Madras plague regulations in force outside the Presidency town - Volume 3
Disease focus: Plague
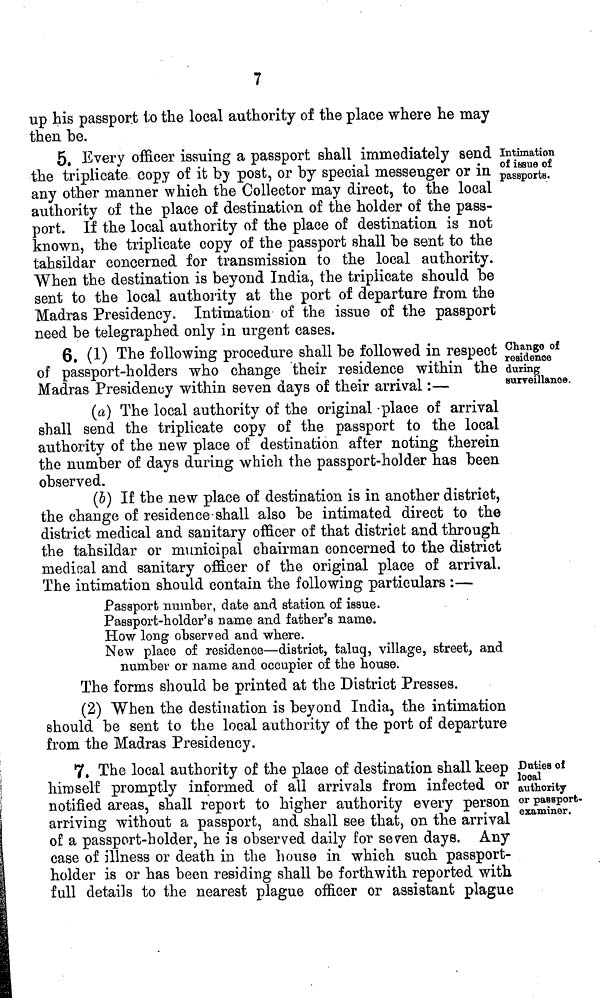
7
up his passport to the local authority of the place where he may
then be.
Intimation
of issue of
passports.
5. Every officer issuing a passport shall immediately send :
the triplicate copy of it by post, or by special messenger or in '.
any other manner which the Collector may direct, to the local
authority of the place of destination of the holder of the pass-
port. If the local authority of the place of destination is not
known, the triplicate copy of the passport shall be sent to the
tahsildar concerned for transmission to the local authority.
When the destination is beyond India, the triplicate should be
sent to the local authority at the port of departure from the
Madras Presidency. Intimation of the issue of the passport
need be telegraphed only in urgent cases.
Change of
residence
during
surveillance.
6. (1) The following procedure shall be followed in respect
of passport-holders who change their residence within the
Madras Presidency within seven days of their arrival :—
(a) The local authority of the original -place of arrival
shall send the triplicate copy of the passport to the local
authority of the new place of destination after noting therein
the number of days during which the passport-holder has been
observed.
(6) If the new place of destination is in another district,
the change of residence shall also be intimated direct to the
district medical and sanitary officer of that district and through
the tahsildar or municipal chairman concerned to the district
medical and sanitary officer of the original place of arrival.
The intimation should contain the following particulars :—
Passport number, date and station of issue.
Passport-holder's name and father's name.
How long observed and where.
New place of residence—district, taluq, village, street, and
number or name and occupier of the house.
The forms should be printed at the District Presses.
(2) When the destination is beyond India, the intimation
should be sent to the local authority of the port of departure
from the Madras Presidency.
Duties of
local
authority
or passport-
examiner.
7. The local authority of the place of destination shall keep
himself promptly informed of all arrivals from infected or
notified areas, shall report to higher authority every person
arriving without a passport, and shall see that, on the arrival
of a passport-holder, he is observed daily for seven days. Any
case of illness or death in the house in which such passport-
holder is or has been residing shall be forthwith reported with
full details to the nearest plague officer or assistant plague